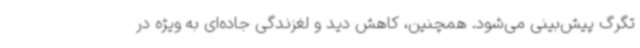
تگرگ پیش‌بینی می‌شود. همچنین، کاهش دید و لغزندگی جاده‌ای به ویژه در